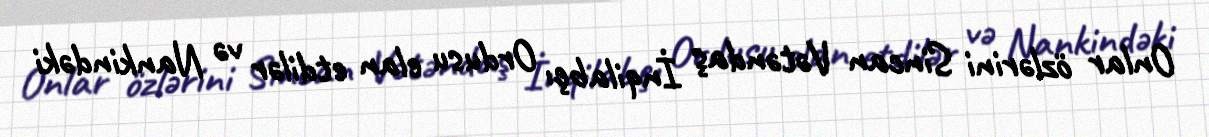
Onlar özlərini Sincan Vətəndaş İnqilabçı Ordusu elan etdilər və Nankindəki